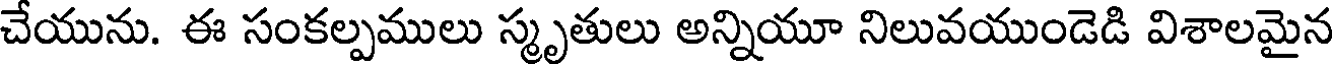
చేయును. ఈ సంకల్పములు స్మృతులు అన్నియూ నిలువయుండెడి విశాలమైన